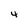
Character: 4